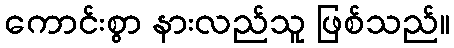
ကောင်းစွာ နားလည်သူ ဖြစ်သည်။